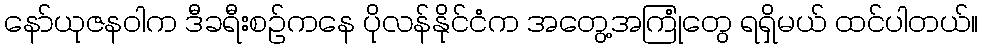
နော်ယုဇနဝါက ဒီခရီးစဉ်ကနေ ပိုလန်နိုင်ငံက အတွေ့အကြုံတွေ ရရှိမယ် ထင်ပါတယ်။